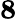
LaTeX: \mathbf{8}